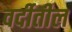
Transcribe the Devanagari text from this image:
वर्दीतील